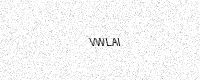
Text: VWLAI